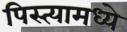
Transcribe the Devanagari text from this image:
पिस्त्यामध्ये